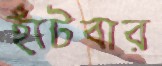
হাঁটবার